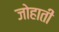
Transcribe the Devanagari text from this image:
जोहाती